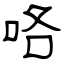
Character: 咯